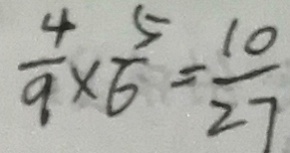
\frac { 4 } { 9 } \times \frac { 5 } { 6 } = \frac { 1 0 } { 2 7 }